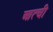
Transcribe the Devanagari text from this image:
आत्ची